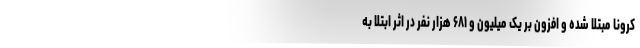
کرونا مبتلا شده و افزون بر یک میلیون و ۶۸۱ هزار نفر در اثر ابتلا به